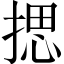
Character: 揌